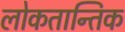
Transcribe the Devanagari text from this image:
लोकतान्तिक